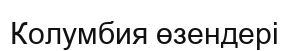
Колумбия өзендері